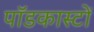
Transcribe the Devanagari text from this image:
पॉडकास्टों